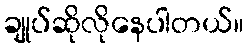
ချုပ်ဆိုလိုနေပါတယ်။